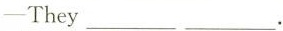
—They ___ ___.